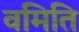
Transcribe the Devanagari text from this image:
वमिति